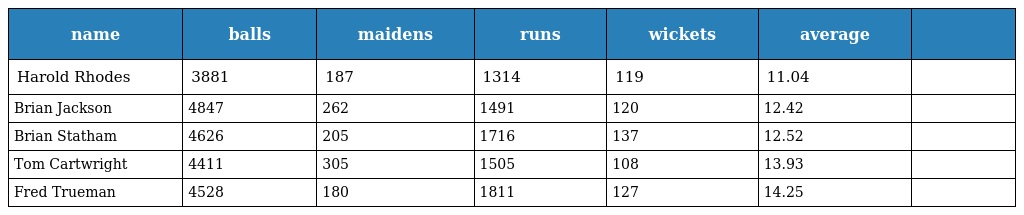
| name | balls | maidens | runs | wickets | average |  |
 | --- | --- | --- | --- | --- | --- | --- |
 | Harold Rhodes | 3881 | 187 | 1314 | 119 | 11.04 |  |
 | Brian Jackson | 4847 | 262 | 1491 | 120 | 12.42 |  |
 | Brian Statham | 4626 | 205 | 1716 | 137 | 12.52 |  |
 | Tom Cartwright | 4411 | 305 | 1505 | 108 | 13.93 |  |
 | Fred Trueman | 4528 | 180 | 1811 | 127 | 14.25 |  |